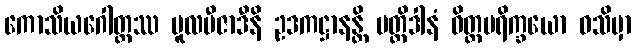
ကောသိယဂေါတ္တဿ မူလဗီဇာဒီနိ ဥဒကဋ္ဌာနန္တိ ပတ္တိဒါနံ ဝိတ္တပရိက္ခယော ဝသိမှာ